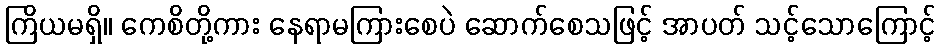
ကြိယမရှိ။ ကေစိတို့ကား နေရာမကြားစေပဲ ဆောက်စေသဖြင့် အာပတ် သင့်သောကြောင့်